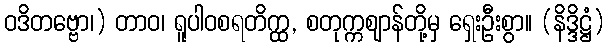
ဝဒိတဗ္ဗော၊) တာဝ၊ ရူပါဝစရတိက္ထ, စတုက္ကဈာန်တို့မှ ရှေးဦးစွာ။ (နိဒ္ဒိဋ္ဌံ)